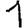
Digit: 1